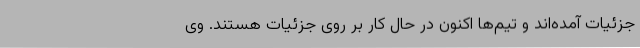
جزئیات آمده‌اند و تیم‌ها اکنون در حال کار بر روی جزئیات هستند. وی